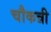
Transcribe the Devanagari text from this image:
चौकन्नी